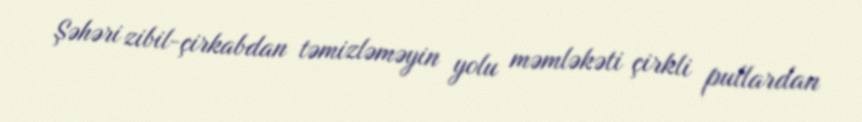
Şəhəri zibil-çirkabdan təmizləməyin yolu məmləkəti çirkli pullardan